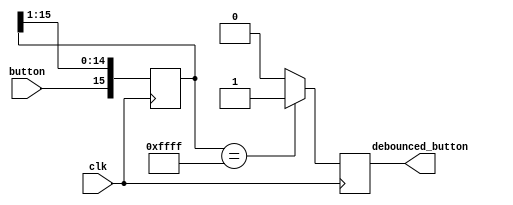
module button_debouncer #(parameter depth = 16) (
    input wire clk,                 /* 5 KHz clock */
    input wire button,              /* Input button from constraints */
    output reg debounced_button
    );
    
    localparam history_max = (2**depth)-1;

    /* History of sampled input button */
    reg [depth-1:0] history;

    always @ (posedge clk)
    begin
        /* Move history back one sample and insert new sample */
        history <= { button, history[depth-1:1] };
        
        /* Assert debounced button if it has been in a consistent state throughout history */
        debounced_button <= (history == history_max) ? 1'b1 : 1'b0;
    end
endmodule